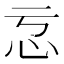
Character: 𭜋